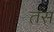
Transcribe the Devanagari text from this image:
तंस